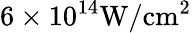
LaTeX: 6\times 10^{14}\mathrm{W/cm^{2}}